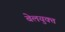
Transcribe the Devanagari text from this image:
बेलयुक्त